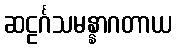
ဆဠင်္ဂသမန္နာဂတာယ